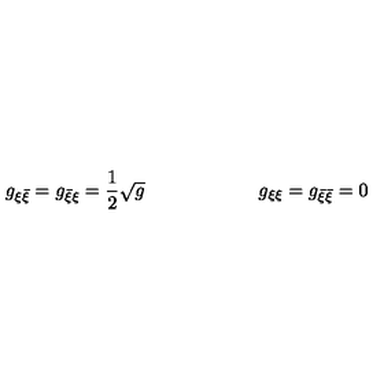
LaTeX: g _ { \xi \bar { \xi } } = g _ { \bar { \xi } \xi } = { \frac { 1 } { 2 } } \sqrt { g } \qquad \qquad \qquad g _ { \xi \xi } = g _ { \bar { \xi } \bar { \xi } } = 0